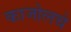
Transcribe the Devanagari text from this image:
काजोलचे